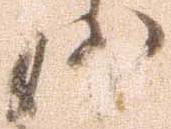
妙